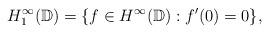
LaTeX: \begin{align*}H_{1}^{\infty}(\mathbb{D}) = \{f\in {H}^{\infty}(\mathbb{D}): f'(0) = 0\},\end{align*}